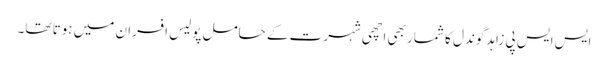
ایس ایس پی زاہد گوندل کا شمار بھی اچھی شہرت کے حامل پولیس افسران میں ہوتا تھا۔